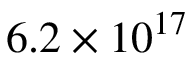
6 . 2 \times 1 0 ^ { 1 7 }